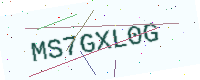
Text: MS7GXL0G